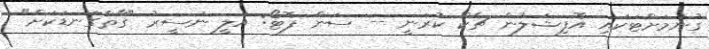
ގުނުމަށްޓަކައި އޮފިޝަލުން ޗެކް ކުރަނީ -- ސަން ފޮޓޯ: އަލީ ނަސީރު "ގާތްގަނޑަކަށް"